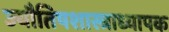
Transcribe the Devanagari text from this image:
ज्यौतिषशास्त्राध्यापक